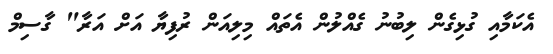
އެކަމާއި ގުޅިގެން ލިބުނު ގެއްލުން އެތައް މިލިއަން ރުފިޔާ އަށް އަރާ" ގާސިމް